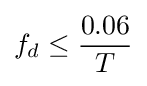
f_{d}\leq {\frac {0.06}{T}}